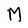
Character: M